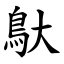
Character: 䲦